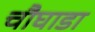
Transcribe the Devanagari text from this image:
चौघाडा